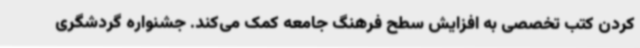
کردن کتب تخصصی به افزایش سطح فرهنگ جامعه کمک می‌کند. جشنواره گردشگری